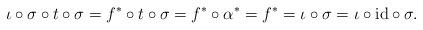
LaTeX: \begin{align*}\iota \circ \sigma \circ t \circ \sigma = f^* \circ t \circ \sigma=f^* \circ \alpha^* = f^* = \iota \circ \sigma = \iota \circ \mbox{id} \circ \sigma.\end{align*}